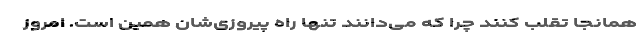
همانجا تقلب کنند چرا که می‌دانند تنها راه پیروزی‌شان همین است. امروز